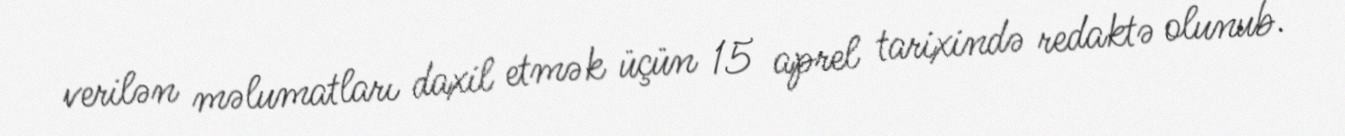
verilən məlumatları daxil etmək üçün 15 aprel tarixində redaktə olunub.